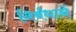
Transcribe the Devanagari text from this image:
निर्बंधानें